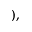
) ,